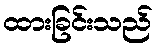
ထားခြင်းသည်